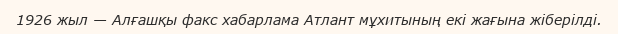
1926 жыл — Алғашқы факс хабарлама Атлант мұхитының екі жағына жіберілді.